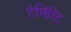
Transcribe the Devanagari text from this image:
टेमिरिट